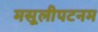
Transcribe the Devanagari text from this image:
मसूलीपटनम